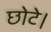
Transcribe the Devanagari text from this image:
छोटे।